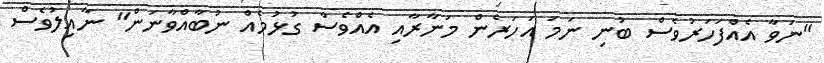
"ނަވާ އެއްފަހަރުވެސް ބުނި ނަމަ އަހަރެން މަނާރާއި އެއްވެސް ގުޅުމެއް ނުބާއްވާނަން" ނާއިލުވެސް